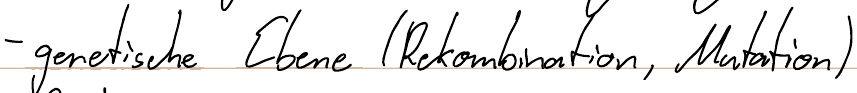
- genetische Ebene (Rekombination, Mutation)